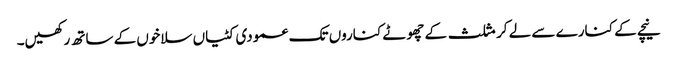
نیچے کے کنارے سے لے کر مثلث کے چھوٹے کناروں تک عمودی کٹیاں سلاخوں کے ساتھ رکھیں۔